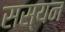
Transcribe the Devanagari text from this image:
सस्यन